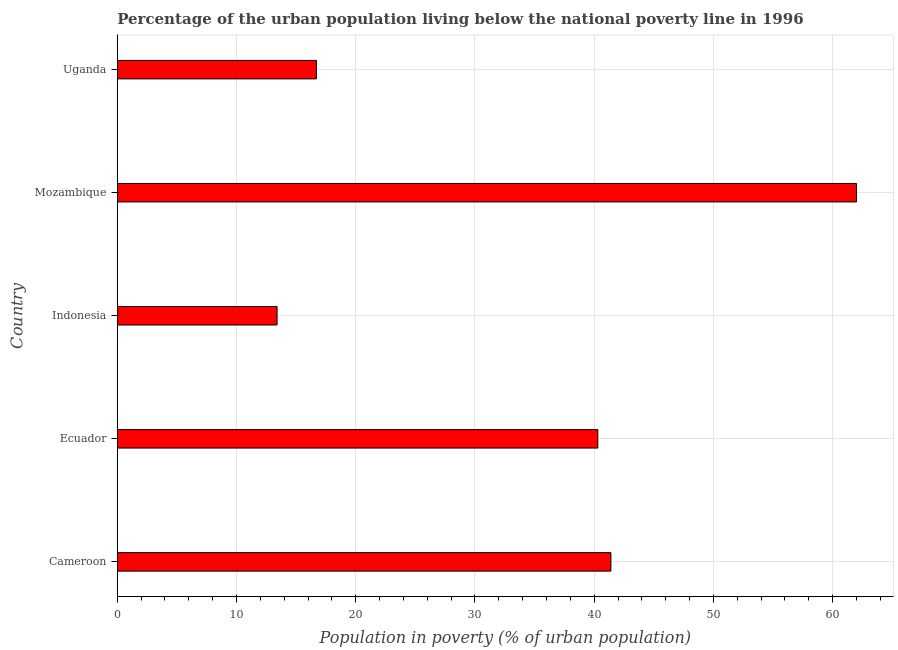
| Country | Urban poverty headcount ratio |
 | --- | --- |
 | Cameroon | 41.4 |
 | Ecuador | 40.3 |
 | Indonesia | 13.4 |
 | Mozambique | 62 |
 | Uganda | 16.7 |